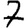
Digit: 7